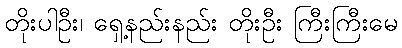
တိုးပါဦး၊ ရှေ့နည်းနည်း တိုးဦး ကြီးကြီးမေ